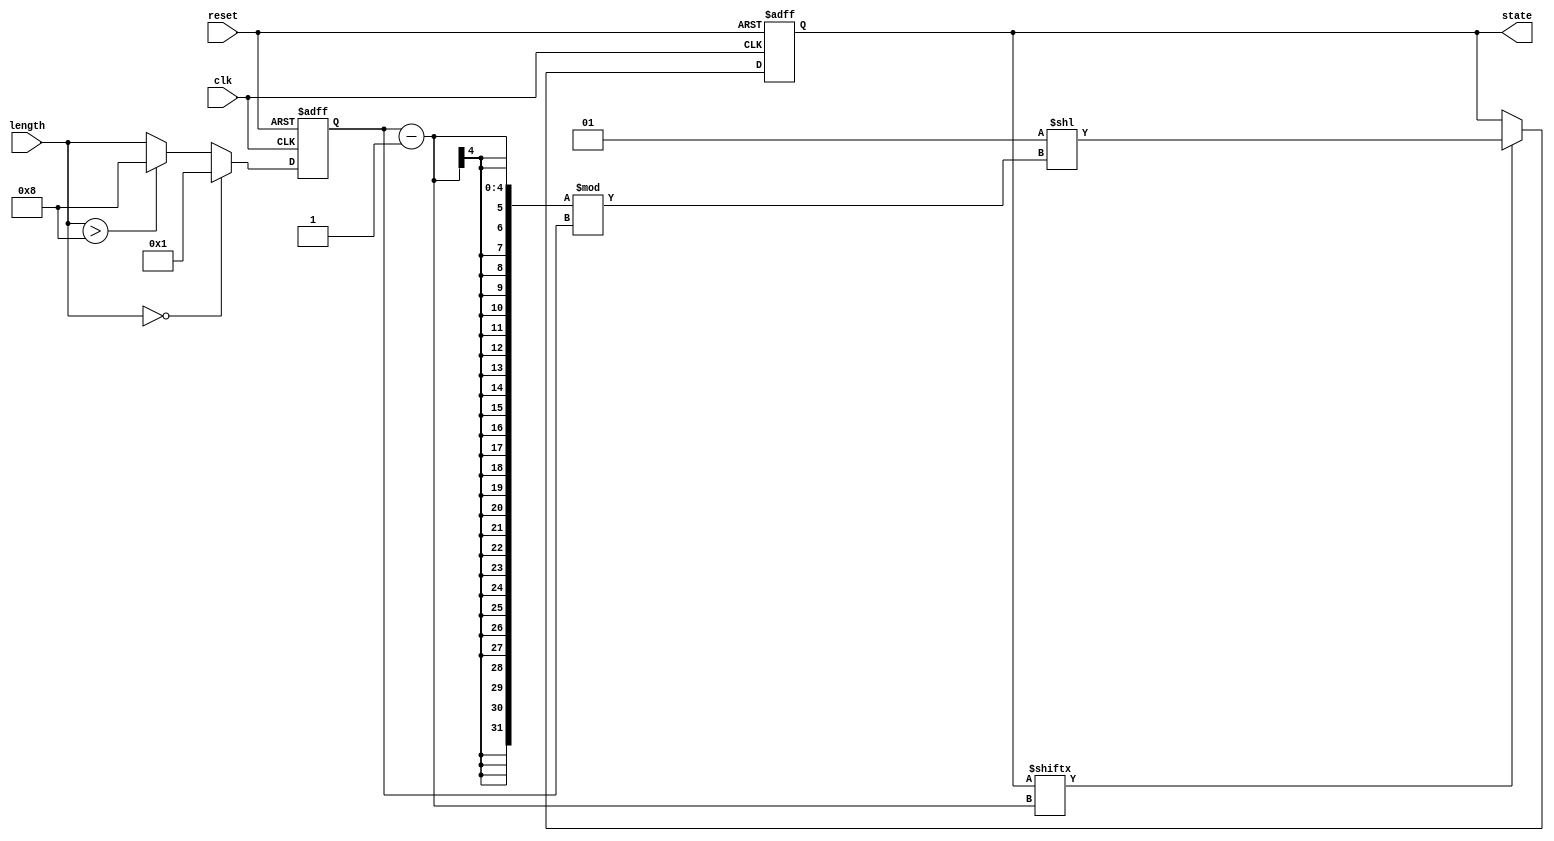
module variable_length_ring_counter #(
    parameter MAX_LENGTH = 8 // Maximum length of the ring counter
)(
    input wire clk,             // Clock input
    input wire reset,           // Asynchronous reset
    input wire [3:0] length,    // Length control input (4 bits for up to 15)
    output reg [MAX_LENGTH-1:0] state // Output state of the ring counter
);

    // Internal variable to hold the effective length of the counter
    reg [3:0] effective_length;

    always @(posedge clk or posedge reset) begin
        if (reset) begin
            state <= 1'b1; // Reset state to 0000...0001
            effective_length <= 1'b1; // Default to the minimum length of 1
        end else begin
            // Update effective length based on the length input
            if (length == 0)
                effective_length <= 1'b1; // Minimum length
            else if (length > MAX_LENGTH)
                effective_length <= MAX_LENGTH; // Cap at maximum length
            else
                effective_length <= length;

            // Shift the '1' through the counter
            if (state[effective_length-1] == 1'b1) begin
                // If the last active bit is '1', roll over to the first bit
                state <= (1 << ((effective_length-1) % effective_length)); // Reset to the first bit
            end else begin
                // Shift right and wrap around
                state <= {state[MAX_LENGTH-1:1], state[0]};
            end
        end
    end

endmodule